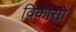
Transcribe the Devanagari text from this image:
विकासों